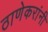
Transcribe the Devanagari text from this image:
ठाणेकरांनी